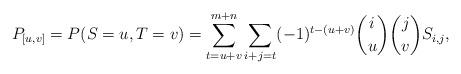
LaTeX: \begin{align*}P_{[u,v]}=P(S=u, T=v)=\sum^{m+n}_{t=u+v} \sum_{i+j=t}(-1)^{t-(u+v)}{{i}\choose u}{{j}\choose v}S_{i,j},\end{align*}